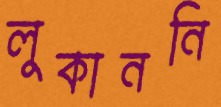
লুকাননি